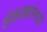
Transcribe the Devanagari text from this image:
शेकड्यांमध्ये